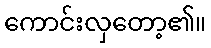
ကောင်းလှတော့၏။